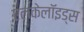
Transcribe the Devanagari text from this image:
एलकेलॉइड्स